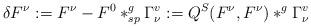
LaTeX: \begin{align*}\delta F^{\nu}:=F^{\nu}-F^0\ast^g_{sp}\Gamma^v_{\nu}:=Q^S(F^{\nu},F^{\nu})\ast^g \Gamma^v_{\nu}\end{align*}